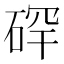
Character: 𪿡